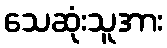
သေဆုံးသူအား